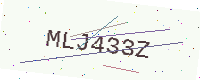
Text: MLJ433Z